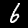
Label: 6